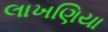
લાખણિયા